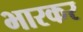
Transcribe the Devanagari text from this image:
भारकर